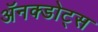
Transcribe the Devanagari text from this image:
ॲनक्डोट्स